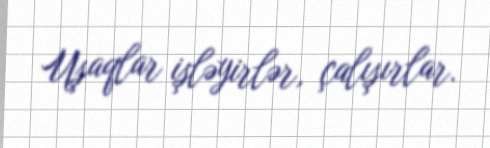
Uşaqlar işləyirlər, çalışırlar.